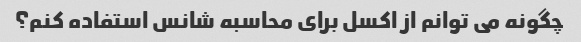
چگونه می توانم از اکسل برای محاسبه شانس استفاده کنم؟